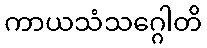
ကာယသံသဂ္ဂေါတိ